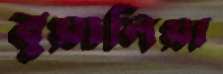
বুয়ালিয়া